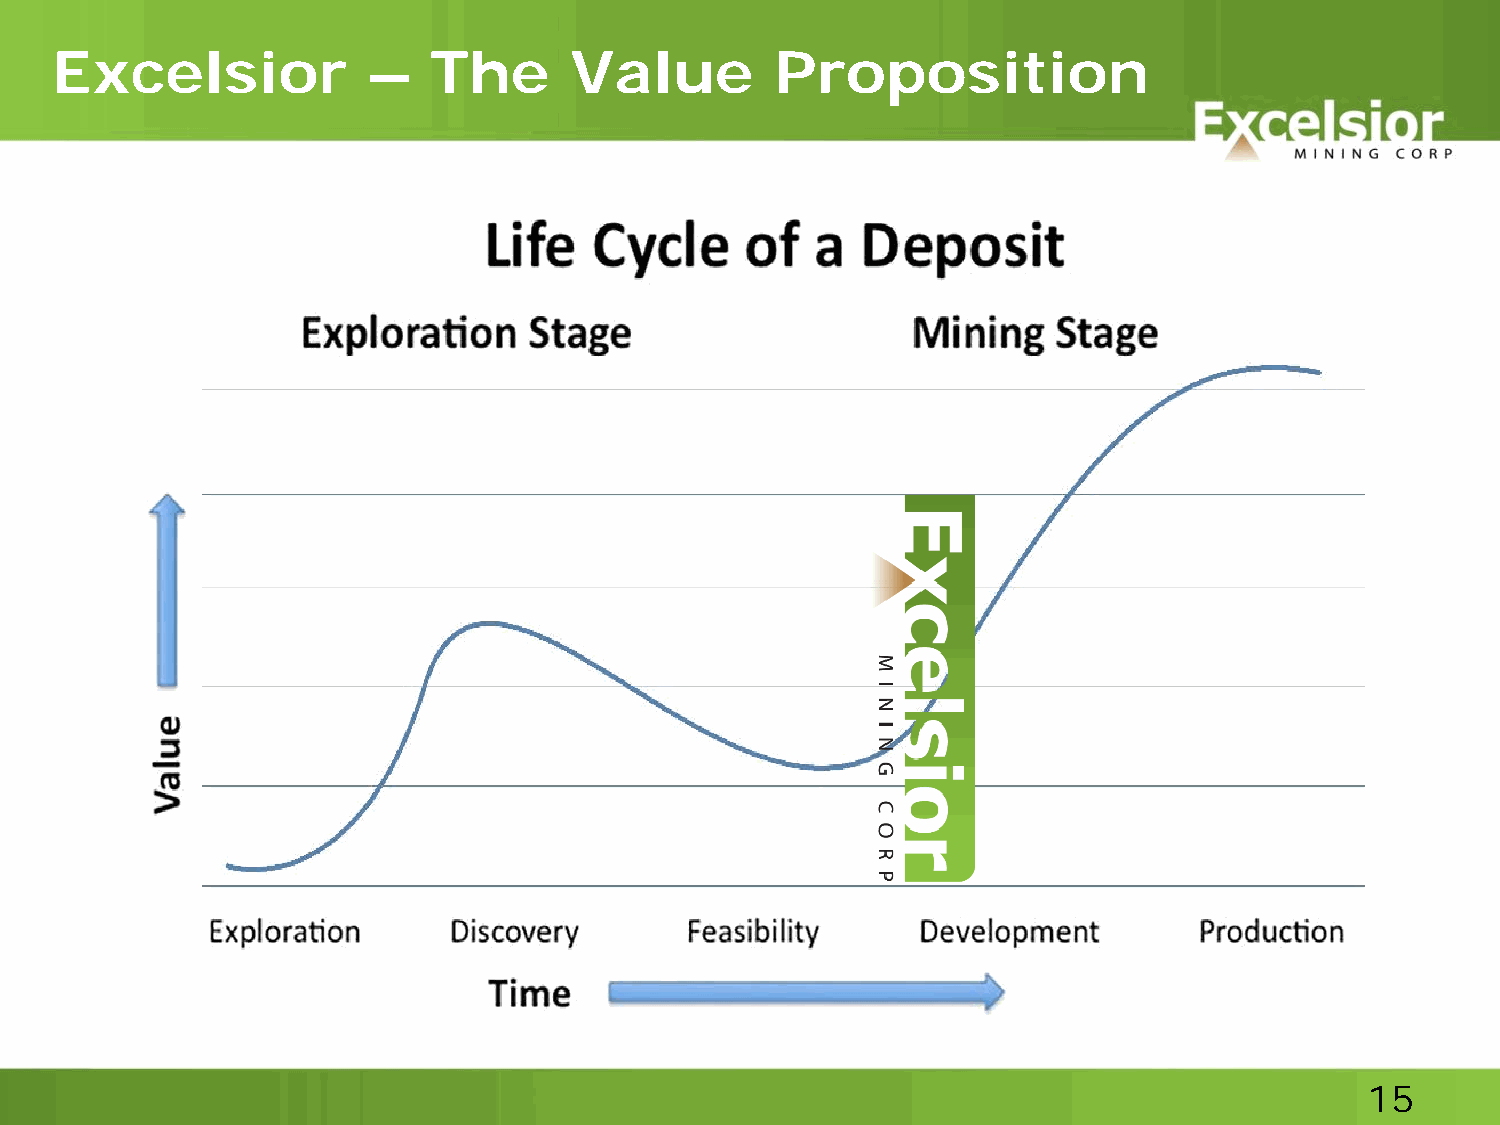
Excelsior            –   The       Value        Proposition
 15